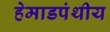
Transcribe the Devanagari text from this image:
हेमाडपंथीय